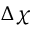
\Delta \chi